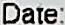
DATE: